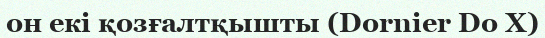
он екі қозғалтқышты (Dornier Do X)